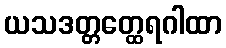
ယသဒတ္တတ္ထေရဂါထာ